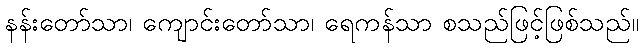
နန်းတော်သာ၊ ကျောင်းတော်သာ၊ ရေကန်သာ စသည်ဖြင့်ဖြစ်သည်။